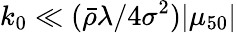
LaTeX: k_{0}\ll({\bar{\rho}}\lambda/4\sigma^{2})|\mu_{50}|